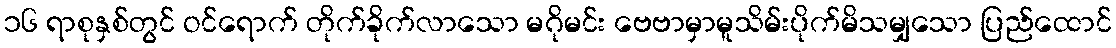
၁၆ ရာစုနှစ်တွင် ဝင်ရောက် တိုက်ခိုက်လာသော မဂိုမင်း ဗေဗာမှာမူသိမ်းပိုက်မိသမျှသော ပြည်ထောင်